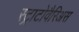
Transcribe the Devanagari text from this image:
स्ट्राटोवैरिअस